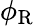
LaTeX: \phi_{\mathrm{R}}